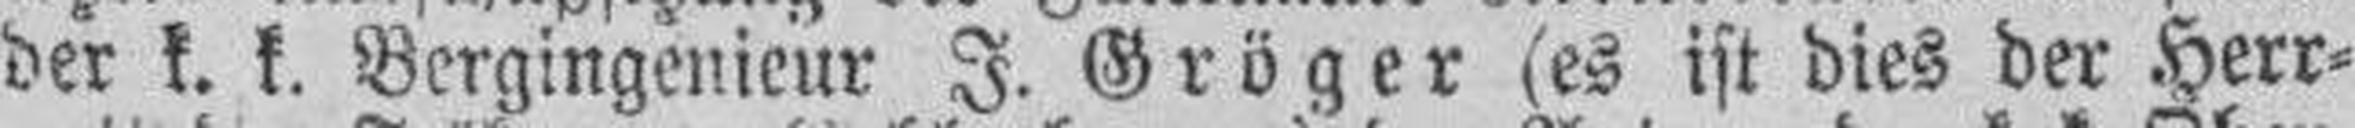
der k. k. Bergingenieur J. Gröger (es ist dies der Herr¬